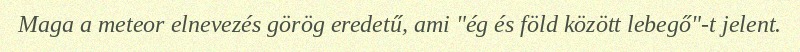
Maga a meteor elnevezés görög eredetű, ami "ég és föld között lebegő"-t jelent.